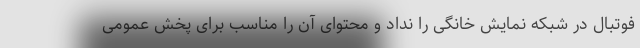
فوتبال در شبکه نمایش خانگی را نداد و محتوای آن را مناسب برای پخش عمومی